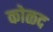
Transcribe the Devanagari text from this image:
कोळद